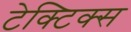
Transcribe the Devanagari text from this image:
टेक्टिक्स